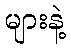
များနဲ့